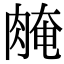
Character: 𦜽